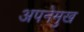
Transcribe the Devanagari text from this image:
अपनेमुख